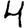
Digit: 4